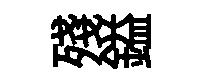
殘鎰